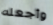
وأجعله